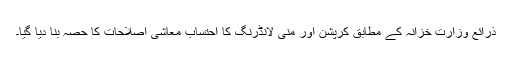
ذرائع وزارت خزانہ کے مطابق کرپشن اور منی لانڈرنگ کا احتساب معاشی اصلاحات کا حصہ بنا دیا گیا۔